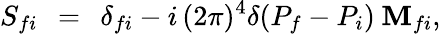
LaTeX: S_{fi}\: \: =\: \: \delta_{fi}-i\, (2\pi)^{4}\delta(P_{f}-P_{i})\: {\cal\mathbf{M}}_{fi},